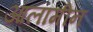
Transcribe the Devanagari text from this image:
आलामीन